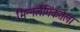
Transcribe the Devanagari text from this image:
भिन्नलैंगिकतेला